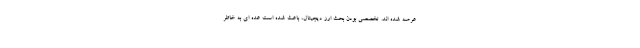
عرصه شده اند. تخصصی بودن بحث ارز دیجیتال، باعث شده است عده ای به خاطر